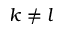
k \neq l